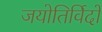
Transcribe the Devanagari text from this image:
जयोतिर्विदों